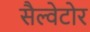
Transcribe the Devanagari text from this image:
सैल्वेटोर